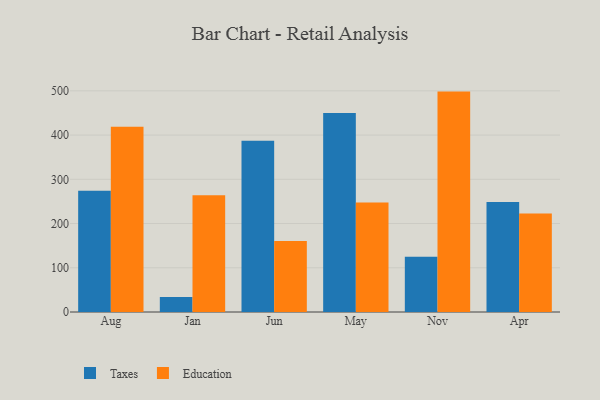
{"axis": {"x": "Month", "y": "Revenue (USD Million)"}, "legend": ["Education", "Taxes"], "data": [{"x": "Aug", "y": 274.2, "type": "Taxes"}, {"x": "Aug", "y": 418.7, "type": "Education"}, {"x": "Jan", "y": 33.7, "type": "Taxes"}, {"x": "Jan", "y": 263.9, "type": "Education"}, {"x": "Jun", "y": 387.3, "type": "Taxes"}, {"x": "Jun", "y": 160.8, "type": "Education"}, {"x": "May", "y": 449.9, "type": "Taxes"}, {"x": "May", "y": 247.3, "type": "Education"}, {"x": "Nov", "y": 124.8, "type": "Taxes"}, {"x": "Nov", "y": 498.3, "type": "Education"}, {"x": "Apr", "y": 248.7, "type": "Taxes"}, {"x": "Apr", "y": 222.9, "type": "Education"}]}